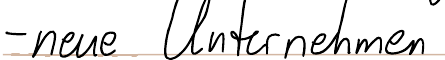
- neue Unternehmen